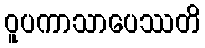
ဝူပကာသာပေဿတိ